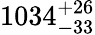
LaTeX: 1034_{-33}^{+26}